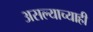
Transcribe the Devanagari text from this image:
असल्याच्याही